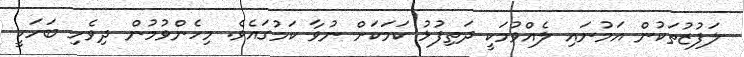
ލަފުޒުތަކުން އަމުނައި ލެއްވުމަކީ ދަތިފުޅު ކަމަކަށް ނުވާ ކަމުގައެވެ. މިހެންވުމުން ދިވެހި ބަހަކީ